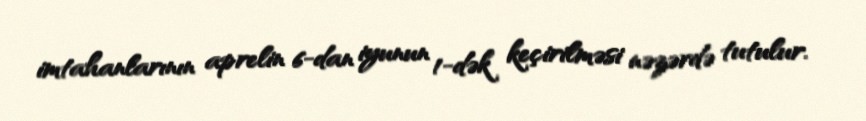
imtahanlarının aprelin 6-dan iyunun 1-dək keçirilməsi nəzərdə tutulur.